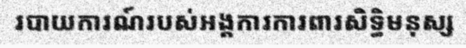
របាយការណ៍របស់អង្គការការពារសិទ្ធិមនុស្ស